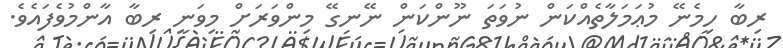
ރިބާ ހިމެނޭ މުޢަމަލާތެއްކަން ނުވަތަ ނޫންކަން ނޭނގޭ މިންވަރަށް މިވަނީ ރިބާ އާންމުވެފައެވެ.